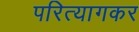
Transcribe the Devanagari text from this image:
परित्यागकर